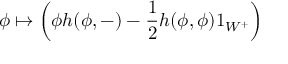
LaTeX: \phi \mapsto \left( \phi h ( \phi , - ) - { \frac { 1 } { 2 } } h ( \phi , \phi ) 1 _ { W ^ { + } } \right)